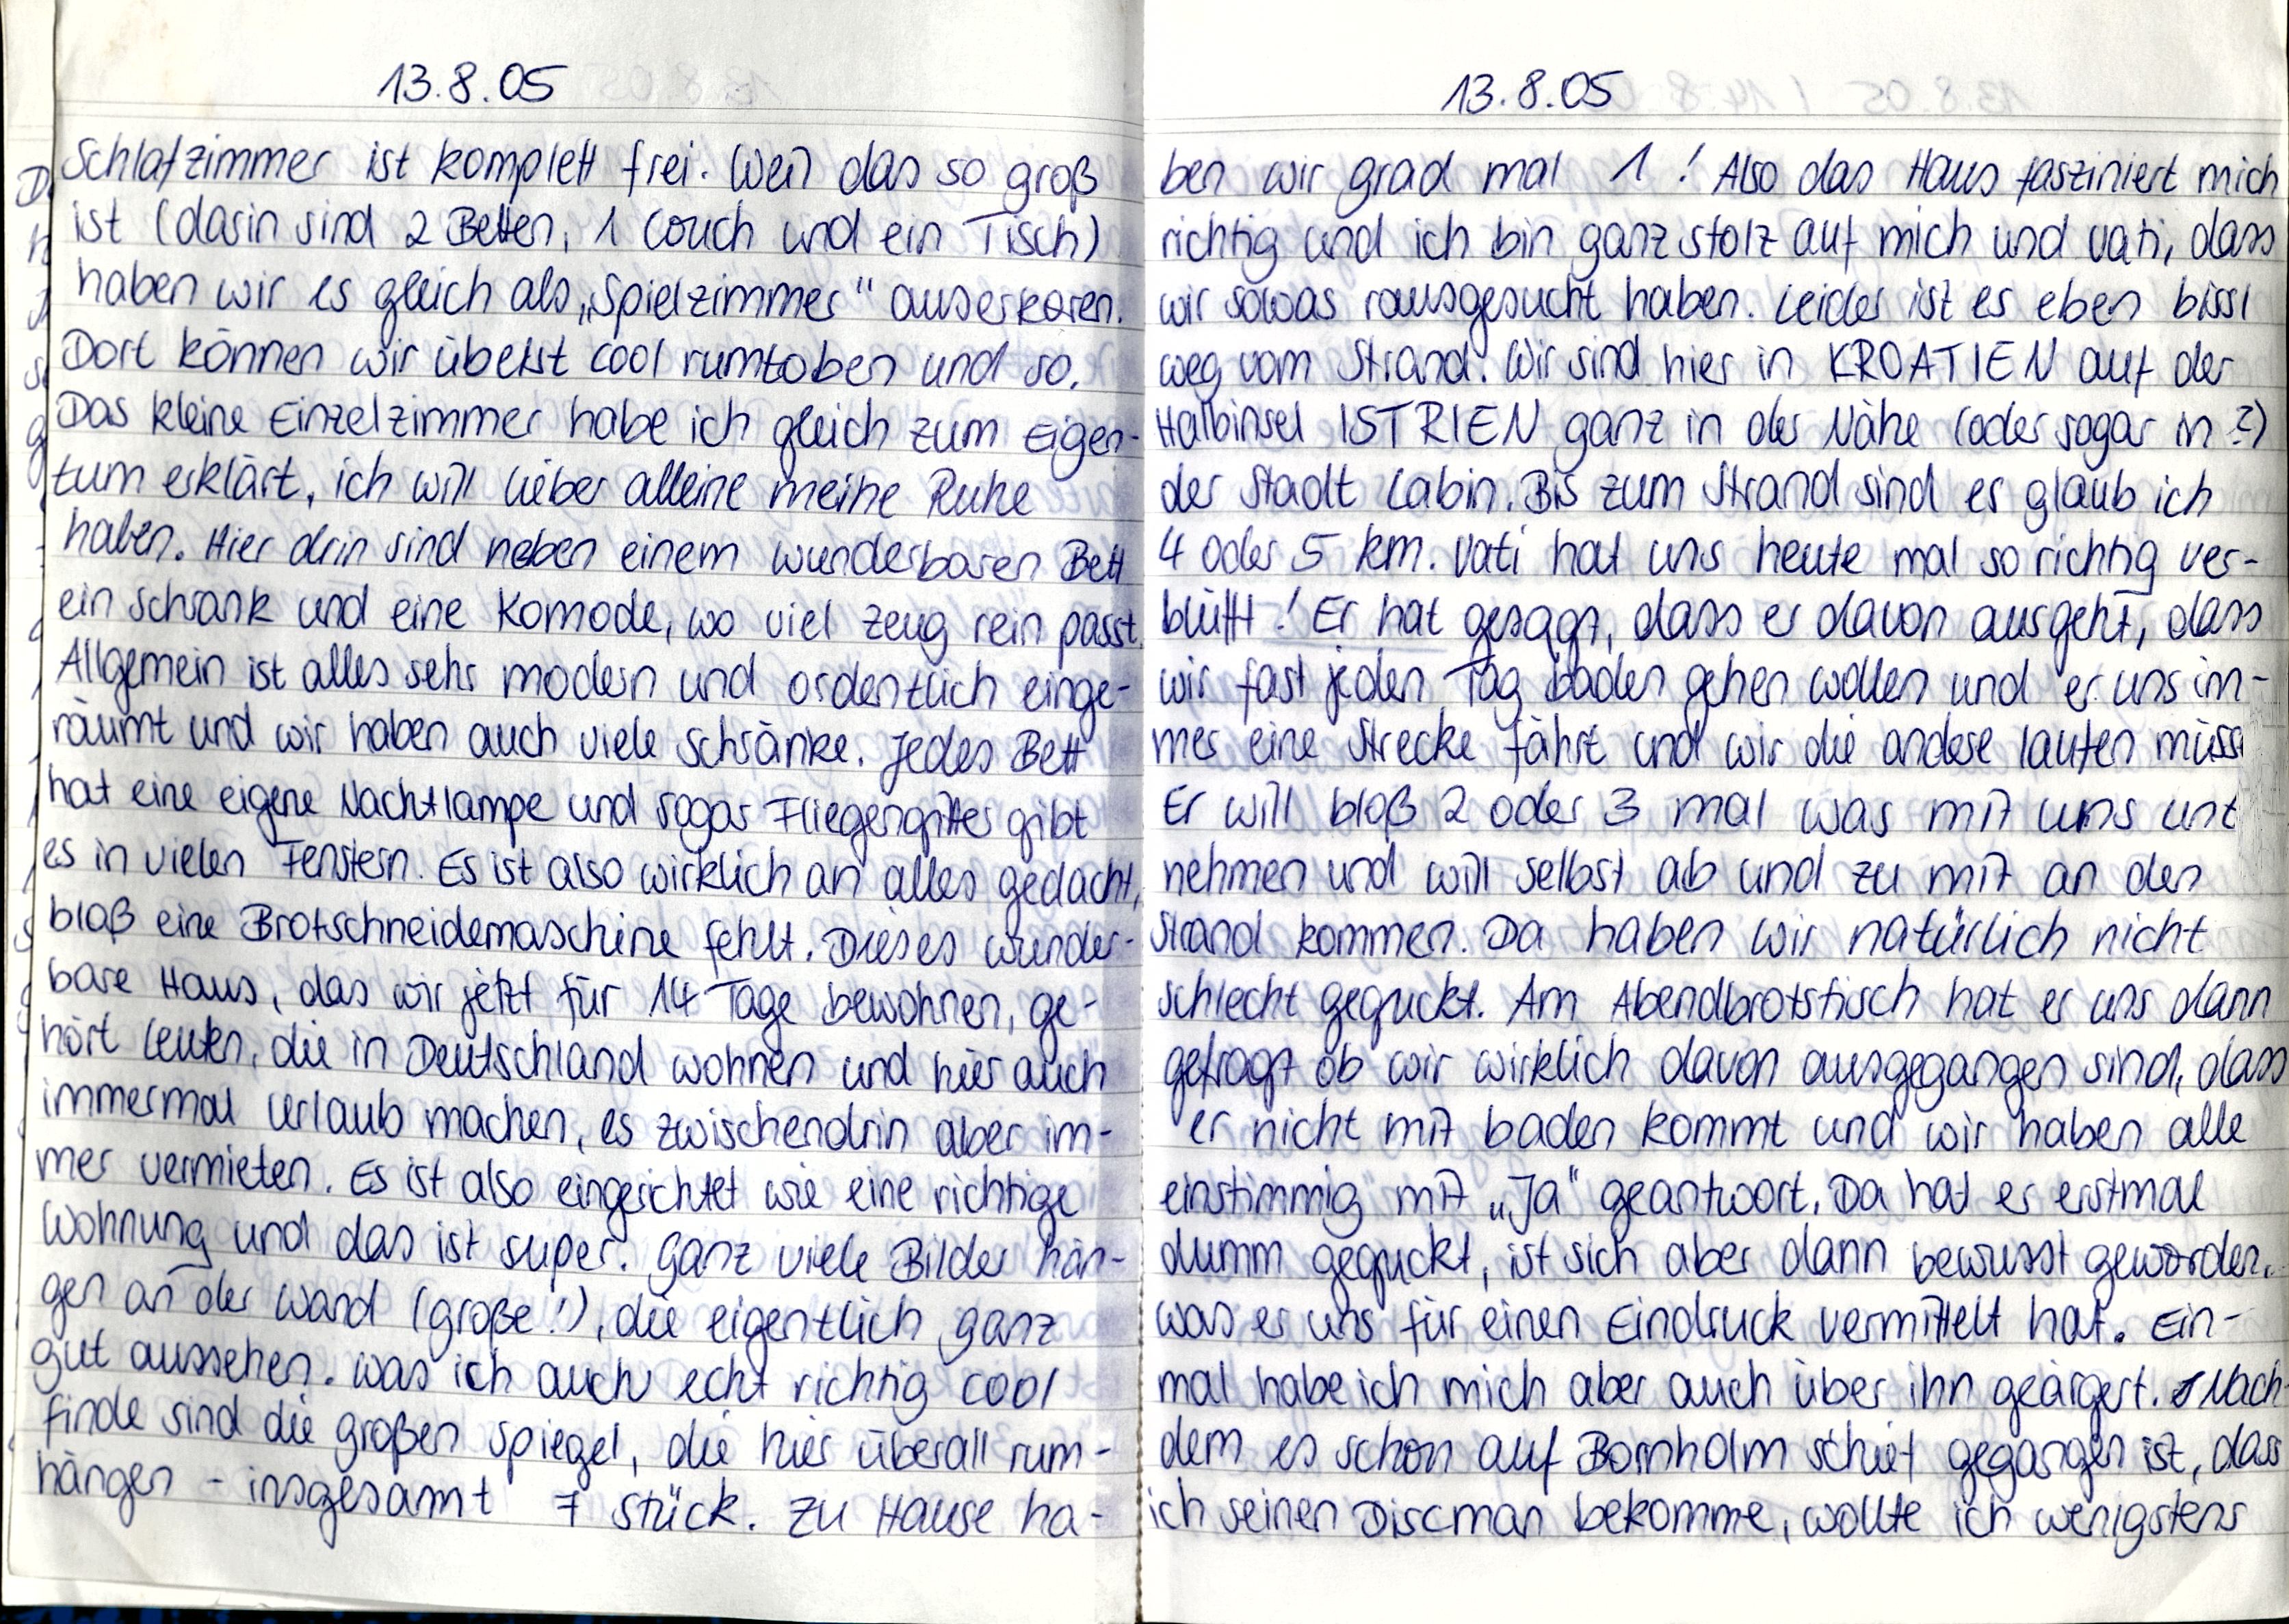
13.8.05
Schlafzimmer ist komplett frei. Weil das so groß
ist (darin sind 2 Betten, 1 Couch und ein Tisch)
haben wir es gleich als „Spielzimmer" auserkoren.
Dort können wir übelst cool rumtoben und so.
Das kleine Einzelzimmer habe ich gleich zum Eigen-
tum erklärt, ich will lieber alleine meine Ruhe
haben. Hier drin sind neben einem wunderbaren Bett
ein Schrank und eine Komode, wo viel Zeug rein passt.
Allgemein ist alles sehr modern und ordentlich einge-
räumt und wir haben auch viele Schränke. Jedes Bett
hat eine eigene Nachtlampe und sogar Fliegengitter gibt
es in vielen Fenstern. Es ist also wirklich an alles gedacht,
bloß eine Brotschneidemaschine fehlt. Dieses wunder-
bare Haus, das wir jetzt für 14 Tage bewohnen, ge-
hört Leuten, die in Deutschland wohnen und hier auch
immermal Urlaub machen, es zwischendrin aber im-
mer vermieten. Es ist also eingerichtet wie eine richtige
Wohnung und das ist super. Ganz viele Bilder hän-
gen an der Wand (große!), die eigentlich ganz
gut aussehen. was ich auch echt richtig cool
finde sind die großen Spiegel, die hier überall rum-
hängen - insgesamt 7 Stück. Zu Hause ha-

13.8.05
ben wir grade mal 1! Also das Haus fasziniert mich
richtig und ich bin ganz stolz auf mich und Vati, dass
wir sowas rausgesucht haben. Leider ist es eben bissl
weg vom Strand. Wir sind hier in KROATIEN auf der
Halbinsel ISTRIEN ganz in der Nähe (oder sogar in ?)
der Stadt Labin. Bis zum Strand sind es glaub ich
4 oder 5 km. Vati hat uns heute mal so richtig ver-
blüfft! Er hat gesagt, dass er davon ausgeht, dass
wir fast jeden Tag baden gehen wollen und er uns im-
mer eine Strecke fährt und wir die andere laufen müss
Er will bloß 2 oder 3 mal was mit uns unt
nehmen und will selbst ab und zu mit an den
Strand kommen. Da haben wir natürlich nicht
schlecht geguckt. Am Abendbrotstisch hat er uns dann
gefragt ob wir wirklich davon ausgegangen sind, dass
er nicht mit baden kommt und wir haben alle
einstimmig mit „Ja" geantwortet. Da hat er erstmal
dumm geguckt, ist sich aber dann bewusst geworden,
was er uns für einen Eindruck vermittelt hat. Ein-
mal habe ich mich aber auch über ihn geärgert. Nach
dem es schon auf Bornholm schief gegangen ist, dass
ich seinen Discman bekomme, wollte ich wenigstens